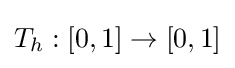
T_{h}:[0,1]\to [0,1]